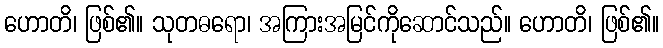
ဟောတိ၊ ဖြစ်၏။ သုတဓရော၊ အကြားအမြင်ကိုဆောင်သည်။ ဟောတိ၊ ဖြစ်၏။